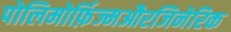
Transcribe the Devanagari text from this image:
पोलिमोर्फ़िज्मऔरजिनेरिक